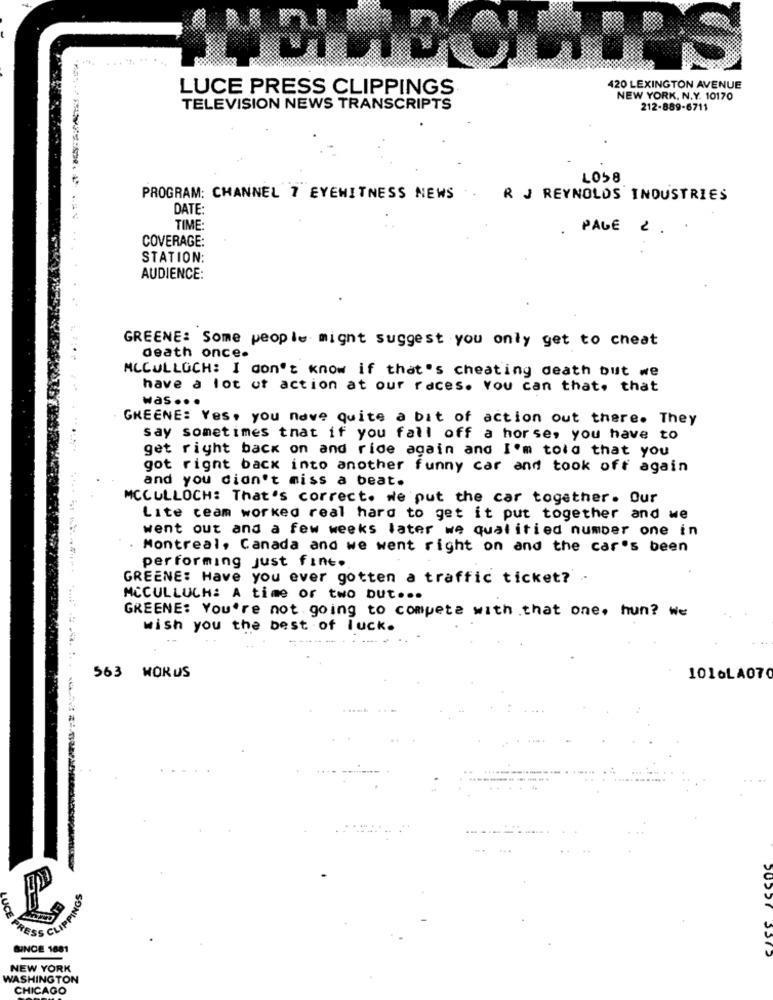
LUCE PRESS CLIPPINGS
420 LEXINGTON AVENUE
NEW YORK, N.Y. 10170
TELEVISION NEWS TRANSCRIPTS
212-889-6711
LOS8
PROGRAM: CHANNEL 7 EYEWITNESS NEWS
R J REYNOLDS INDUSTRIES
DATE:
TIME:
PAGE
COVERAGE:
STATION:
AUDIENCE:
GREENE: Some people might suggest you only get to cheat
death once.
MCCULLOCH: I don't know if that's cheating death but we
have a lot of action at our races. You can that, that
was ...
GREENE: Yes, you have quite a bit of action out there. They
say sometimes that if you fall off a horse, you have to
get right back on and ride again and I'm told that you
got right back into another funny car and took off again
and you didn't miss a beat.
MCCULLOCH: That's correct. we put the car together. Our
Lite team worked real hard to get it put together and we
went out and a few weeks later we qualified number one in
Montreal, Canada and we went right on and the car's been
performing just fine.
....
GREENE: Have you ever gotten a traffic ticket? -
MCCULLUCH: A time or two but ...
GREENE: You're not going to compete with that one, hun? we
wish you the best of luck.
563 MORUS
1016LA070
SO
SINCE 1881
NEW YORK
WASHINGTON
CHICAGO